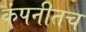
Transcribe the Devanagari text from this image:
कंपनीतच